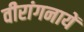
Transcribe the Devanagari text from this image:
वीरांगनायें